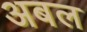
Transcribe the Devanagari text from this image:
अबल